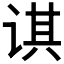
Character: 𰵲